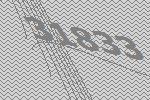
31833